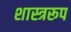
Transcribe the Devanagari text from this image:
शास्त्ररूप